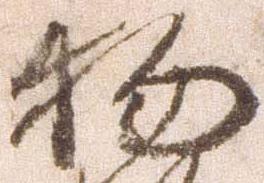
物